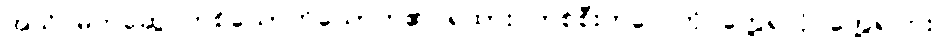
အသိ မိတ်ဆွေ တစ်ယောက်ယောက်၏ ရထား တစ်စီးတလေကို တွေ့ရလို တွေ့ရငြား